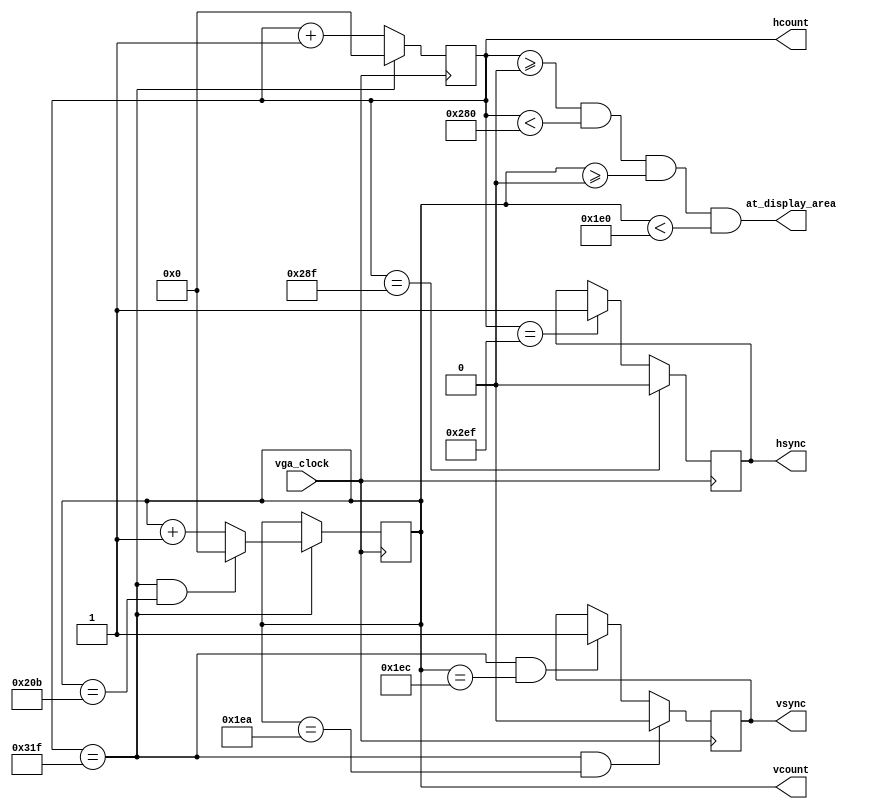
`timescale 1ns / 1ps
//////////////////////////////////////////////////////////////////////////////////
// Company: 
// Engineer: 
// 
// Design Name: 
// Module Name: vga
// Project Name: 
// Target Devices: 
// Tool Versions: 
// Description: 
// 
// Dependencies: 
// 
// Revision:
// Revision 0.01 - File Created
// Additional Comments:
// 
//////////////////////////////////////////////////////////////////////////////////


module vga(input vga_clock,
            output reg [9:0] hcount = 0,    // pixel number on current line
            output reg [9:0] vcount = 0,    // line number
            output reg vsync, hsync, 
            output at_display_area);

   // Comments applies to XVGA 1024x768, left in for reference
   // horizontal: 1344 pixels total
   // display 1024 pixels per line
   reg hblank,vblank;
   wire hsyncon,hsyncoff,hreset,hblankon;
   assign hblankon = (hcount == 639);    // active H  1023
   assign hsyncon = (hcount == 655);     // active H + FP 1047
   assign hsyncoff = (hcount == 751);    // active H + fp + sync  1183
   assign hreset = (hcount == 799);      // active H + fp + sync + bp 1343

   // vertical: 806 lines total
   // display 768 lines
   wire vsyncon,vsyncoff,vreset,vblankon;
   assign vblankon = hreset & (vcount == 479);    // active V   767
   assign vsyncon = hreset & (vcount ==490 );     // active V + fp   776
   assign vsyncoff = hreset & (vcount == 492);    // active V + fp + sync  783
   assign vreset = hreset & (vcount == 523);      // active V + fp + sync + bp 805

   // sync and blanking
   wire next_hblank,next_vblank;
   assign next_hblank = hreset ? 0 : hblankon ? 1 : hblank;
   assign next_vblank = vreset ? 0 : vblankon ? 1 : vblank;
   always @(posedge vga_clock) begin
      hcount <= hreset ? 0 : hcount + 1;
      hblank <= next_hblank;
      hsync <= hsyncon ? 0 : hsyncoff ? 1 : hsync;  // active low

      vcount <= hreset ? (vreset ? 0 : vcount + 1) : vcount;
      vblank <= next_vblank;
      vsync <= vsyncon ? 0 : vsyncoff ? 1 : vsync;  // active low

   end

   assign at_display_area = ((hcount >= 0) && (hcount < 640) && (vcount >= 0) && (vcount < 480));

endmodule